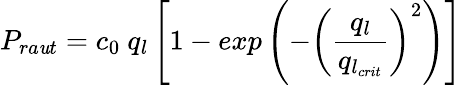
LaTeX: P_{ra\mathit{u}t}=c_{0}~q_{l}\left[1-exp\left(-\left(\frac{{q_{l}}}{{q_{l_{crit}}}}\right)^{2}\right)\right]